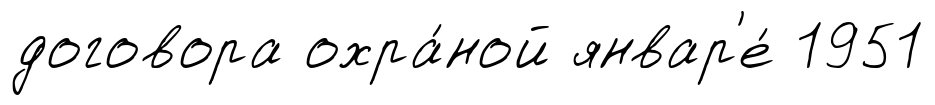
договора охра́ной январ'е́ 1951